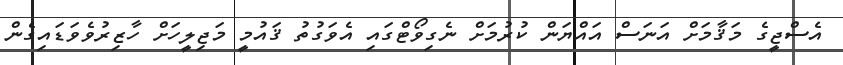
އެސްޖީގެ މަޤާމަށް އަނަސް އައްޔަން ކުރުމަށް ނެގިވޯޓްގައި އެވަގުތު ޤައުމީ މަޖިލީހަށް ހާޒިރުވެވަޑައިގެން